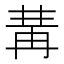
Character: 冓